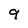
Character: 9